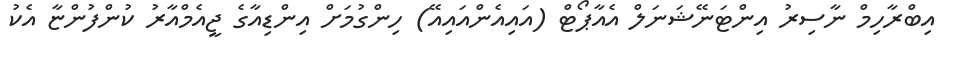
އިބްރާހިމް ނާސިރު އިންޓަނޭޝަނަލް އެއާޕޯޓް (އައިއެންއައިއޭ) ހިންގުމަށް އިންޑިއާގެ ޖީއެމްއާރު ކުންފުންޏާ އެކު